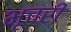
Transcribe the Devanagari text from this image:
भूचरी